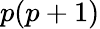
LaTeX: p(p+1)